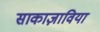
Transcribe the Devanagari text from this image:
साकाज़ाविया